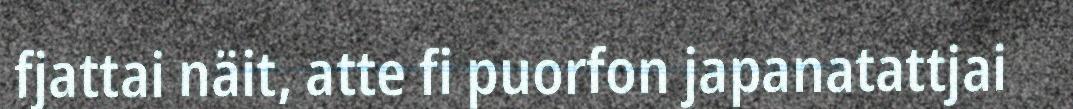
fjattai näit, atte fi puorfon japanatattjai